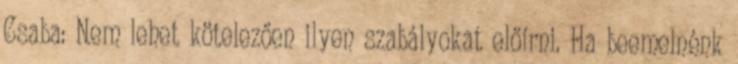
Csaba: Nem lehet kötelezően ilyen szabályokat előírni. Ha beemelnénk